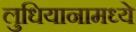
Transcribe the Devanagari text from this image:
लुधियानामध्ये